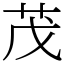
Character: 茂